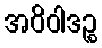
အဝိဝါဒဉ္စ